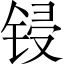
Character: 锓